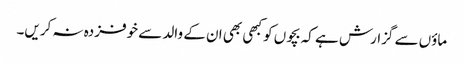
ماؤں سے گزارش ہے کہ بچوں کو کبھی بھی ان کے والد سے خوفزدہ نہ کریں۔